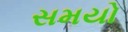
સમયો